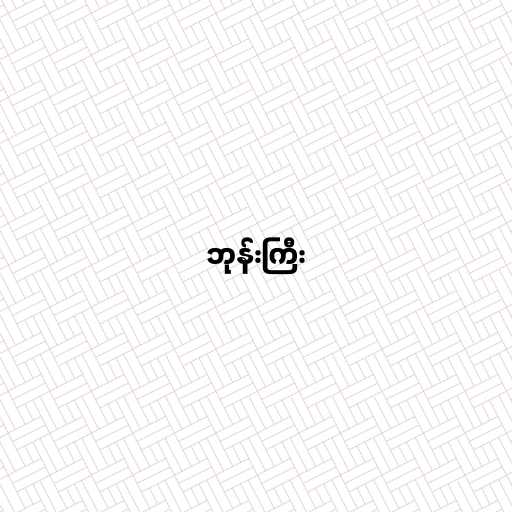
ဘုန်းကြီး